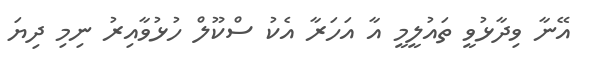
އޭނާ ވިދާޅުވީ ތައުލީމީ އާ އަހަރާ އެކު ސްކޫލް ހުޅުވާއިރު ނިމި ދިޔަ